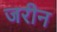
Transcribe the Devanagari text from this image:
जरीन